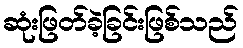
ဆုံးဖြတ်ခဲ့ခြင်းဖြစ်သည်